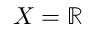
X = \ensuremath { \mathbb { R } }